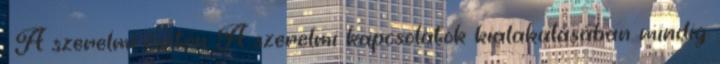
. A szerelmi ösztön A szerelmi kapcsolatok kialakulásában mindig